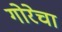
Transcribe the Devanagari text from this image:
गोरेचा